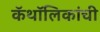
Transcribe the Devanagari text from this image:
कॅथॉलिकांची